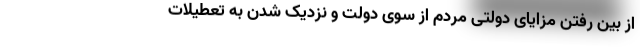
از بین رفتن مزایای دولتی مردم از سوی دولت و نزدیک شدن به تعطیلات